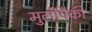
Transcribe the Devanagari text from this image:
मुलींपैकी